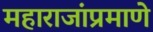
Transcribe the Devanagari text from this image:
महाराजांप्रमाणे